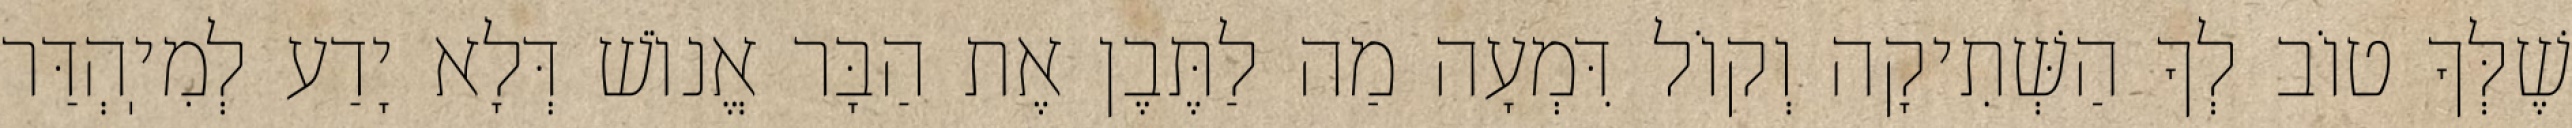
שֶׁלְּךָ טוֹב לְךָ הַשְּׁתִיקָה וְקוֹל דִּמְעָה מַה לַתֶּבֶן אֶת הַבָּר אֱנוֹשׁ דְּלָא יָדַע לְמִיֽהְדַּר